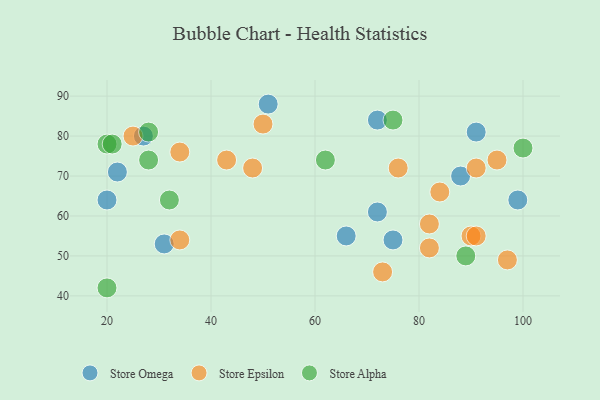
{"axis": {"x": "GDP", "y": "Life Expectancy"}, "legend": ["Store Alpha", "Store Epsilon", "Store Omega"], "data": [{"x": "72", "y": 61, "type": "Store Omega"}, {"x": "31", "y": 53, "type": "Store Omega"}, {"x": "51", "y": 88, "type": "Store Omega"}, {"x": "72", "y": 84, "type": "Store Omega"}, {"x": "91", "y": 81, "type": "Store Omega"}, {"x": "27", "y": 80, "type": "Store Omega"}, {"x": "75", "y": 54, "type": "Store Omega"}, {"x": "20", "y": 64, "type": "Store Omega"}, {"x": "99", "y": 64, "type": "Store Omega"}, {"x": "66", "y": 55, "type": "Store Omega"}, {"x": "22", "y": 71, "type": "Store Omega"}, {"x": "88", "y": 70, "type": "Store Omega"}, {"x": "84", "y": 66, "type": "Store Epsilon"}, {"x": "73", "y": 46, "type": "Store Epsilon"}, {"x": "82", "y": 58, "type": "Store Epsilon"}, {"x": "34", "y": 76, "type": "Store Epsilon"}, {"x": "91", "y": 72, "type": "Store Epsilon"}, {"x": "82", "y": 52, "type": "Store Epsilon"}, {"x": "97", "y": 49, "type": "Store Epsilon"}, {"x": "34", "y": 54, "type": "Store Epsilon"}, {"x": "48", "y": 72, "type": "Store Epsilon"}, {"x": "95", "y": 74, "type": "Store Epsilon"}, {"x": "90", "y": 55, "type": "Store Epsilon"}, {"x": "43", "y": 74, "type": "Store Epsilon"}, {"x": "25", "y": 80, "type": "Store Epsilon"}, {"x": "91", "y": 55, "type": "Store Epsilon"}, {"x": "50", "y": 83, "type": "Store Epsilon"}, {"x": "76", "y": 72, "type": "Store Epsilon"}, {"x": "75", "y": 84, "type": "Store Alpha"}, {"x": "20", "y": 78, "type": "Store Alpha"}, {"x": "28", "y": 74, "type": "Store Alpha"}, {"x": "20", "y": 42, "type": "Store Alpha"}, {"x": "100", "y": 77, "type": "Store Alpha"}, {"x": "28", "y": 81, "type": "Store Alpha"}, {"x": "32", "y": 64, "type": "Store Alpha"}, {"x": "62", "y": 74, "type": "Store Alpha"}, {"x": "89", "y": 50, "type": "Store Alpha"}, {"x": "21", "y": 78, "type": "Store Alpha"}]}